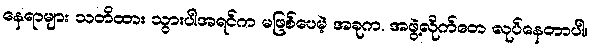
နေရာများ သတိထား သွားပါအရင်က မဖြစ်ပေမဲ့ အခုက. အဖွဲ့လိုက်တေ လုပ်နေတာပါ။